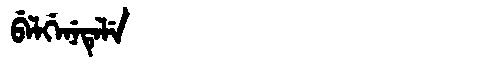
Manchu: ᠪᡝᠯᡤᡝᠨᡝᡨᡝᠯᡝ
Romanization: BELGENETELE